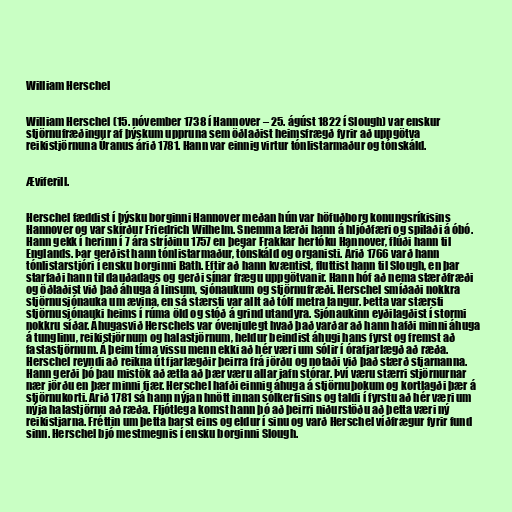
William Herschel

William Herschel (15. nóvember 1738 í Hannover – 25. ágúst 1822 í Slough) var enskur
stjörnufræðingur af þýskum uppruna sem öðlaðist heimsfrægð fyrir að uppgötva
reikistjörnuna Úranus árið 1781. Hann var einnig virtur tónlistarmaður og tónskáld.

Æviferill.

Herschel fæddist í þýsku borginni Hannover meðan hún var höfuðborg konungsríkisins
Hannover og var skírður Friedrich Wilhelm. Snemma lærði hann á hljóðfæri og spilaði á óbó.
Hann gekk í herinn í 7 ára stríðinu 1757 en þegar Frakkar hertóku Hannover, flúði hann til
Englands. Þar gerðist hann tónlistarmaður, tónskáld og organisti. Árið 1766 varð hann
tónlistarstjóri í ensku borginni Bath. Eftir að hann kvæntist, fluttist hann til Slough, en þar
starfaði hann til dauðadags og gerði sínar frægu uppgötvanir. Hann hóf að nema stærðfræði
og öðlaðist við það áhuga á linsum, sjónaukum og stjörnufræði. Herschel smíðaði nokkra
stjörnusjónauka um ævina, en sá stærsti var allt að tólf metra langur. Þetta var stærsti
stjörnusjónauki heims í rúma öld og stóð á grind utandyra. Sjónaukinn eyðilagðist í stormi
nokkru síðar. Áhugasvið Herschels var óvenjulegt hvað það varðar að hann hafði minni áhuga
á tunglinu, reikistjörnum og halastjörnum, heldur beindist áhugi hans fyrst og fremst að
fastastjörnum. Á þeim tíma vissu menn ekki að hér væri um sólir í órafjarlægð að ræða.
Herschel reyndi að reikna út fjarlægðir þeirra frá jörðu og notaði við það stærð stjarnanna.
Hann gerði þó þau mistök að ætla að þær væru allar jafn stórar. Því væru stærri stjörnurnar
nær jörðu en þær minni fjær. Herschel hafði einnig áhuga á stjörnuþokum og kortlagði þær á
stjörnukorti. Árið 1781 sá hann nýjan hnött innan sólkerfisins og taldi í fyrstu að hér væri um
nýja halastjörnu að ræða. Fljótlega komst hann þó að þeirri niðurstöðu að þetta væri ný
reikistjarna. Fréttin um þetta barst eins og eldur í sinu og varð Herschel víðfrægur fyrir fund
sinn. Herschel bjó mestmegnis í ensku borginni Slough.